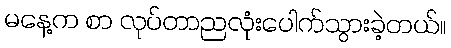
မနေ့က စာ လုပ်တာညလုံးပေါက်သွားခဲ့တယ်။